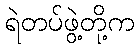
ရဲတပ်ဖွဲ့တို့က